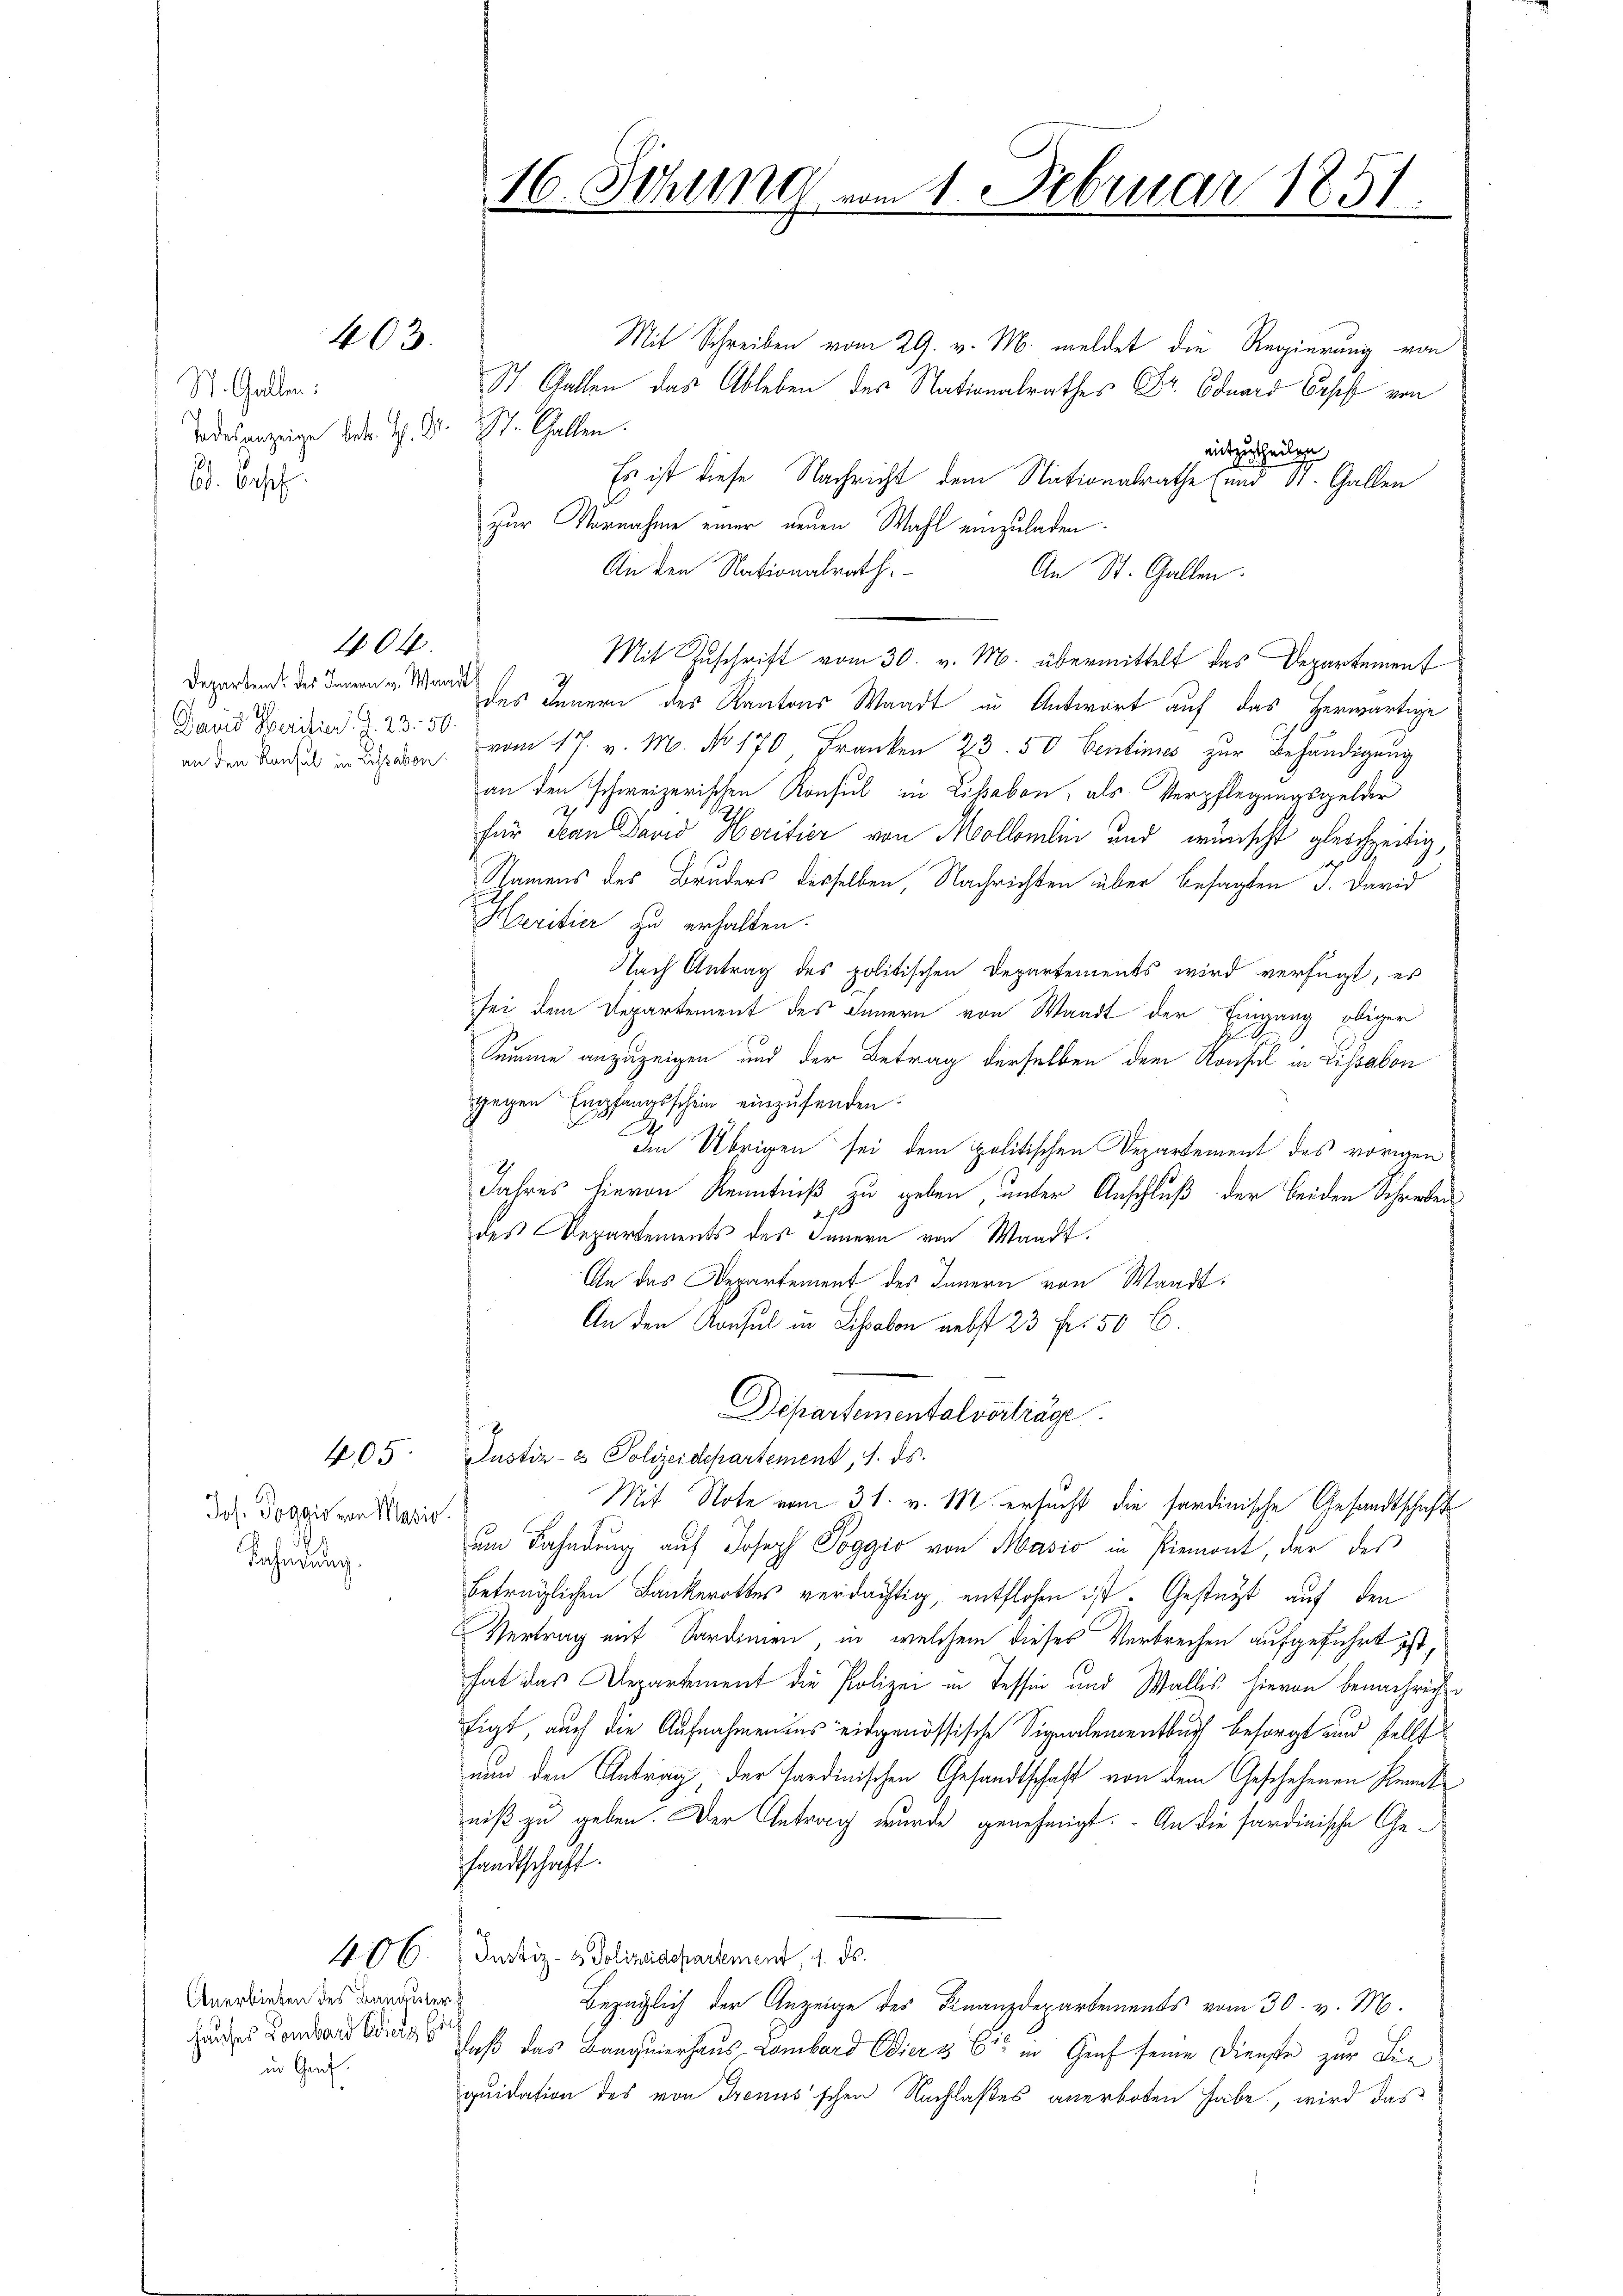
403.

St. Gallen:
Todesanzeige betr. H. Dr. St. Gallen.
b. Cose.

an den Konsul in Lossabon

404.

Jos. Poggio von Masio.
Racheidung.

405

Anerbieten des Bangester
Hauses Lombard dienz Ei
in Genf.

Mit Schreiben vom 29. v. M. meldet die Regierung von
St. Gallen das Ableben des Nationalrathes Dr. Eduard Basel von
mitzutheilen
Es ist diese Nachricht dem Nationalrathe (und 91. Gallen
d
zur Vornahme einer neuen Wahl einzuladen.
Auten Nationalrath.
An St. Gallen.
Mit Zuschrift vom 30. v. M. übermittelt das Departement
Derarbend des Innen Mange des Innern des Kantons Waadt in Antwort auf das herwärtige
David Breiter J. 235 vom 17. v. M. No 170 Franken 23. 50 Centimes zŭr Behändigŭng
an den schweizerischen Konsul in Lisabon, als Verpflegungsgelder
.
für Man David Hocitier von Mollomlin und wünscht gleichzeitig,
d
Hamens des Bruders derselben, Nachrichten über besagten J. David
Haeritier zu erhalten.
Nach Antrag des politischen Departements wird verfügt, es
sei dem Departement des Innern von Waadt der Eingang obiger
Summe anzuzeigen und der Betrag derselben dem Konsul in Lissabon
gegen Empfangsschein einzufenden.
Im Übrigen sei dem politischen Departement des vorigen
Jahres hievon Kenntniß zu geben, unter Anschluß der beiden Schreiben
des Departements des Innern von Waadt.
An das Departement des Innern von Waadt:
An den Konsul in Lissabon nebst 23 fr. 50 C
Departementalverträge.
Justiz- & Polizeidepartement, 1. ds.
Mit Note vom 31. v. M. ersucht die sardinische Gesandtschaft
um Fahndung auf Joseph Poggio von Masio in Piemont, der des
beträglichen Bankerottes verdächtig, entflohen ist. Gestatt auf den
Vertrag mit Sardinien, in welchem dieses Verbrechen aufgeführt ist,
hat das Departement die Polizei in Tessin und Wallis hievon benachricht
figt, auch die Aufnahmenens eidgenössische Signalementburf besorgt und stellt
nun den Antrag, der sardinischen Gesandtschaft von dem Geschehenen Kemt
niß zu geben. Der Getrag wurde genehmigt. An die sardinische Gefandtschaft.
406. 5. Justiz- & Polizeisepartement 9. ds.
f
Bezüglich der Anzeige des Finanzdepartements vom 30. v. M.
Daß das Banquierhaus Lombard Odier & Cie in Graf seine Dienste zur Lie
quidation des von Trenns'schen Nachlaßes anerboten habe, wird das

16. Sitzung vom 1. Februar 1851.